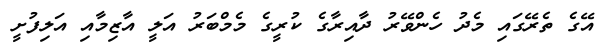
އޭގެ ތެރޭގައި މެދު ހެންވޭރު ދާއިރާގެ ކުރީގެ މެމްބަރު އަލީ އާޒިމާއި އަލިފުށީ